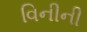
વિનીની